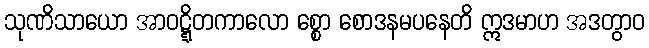
သုဏိသာယော အာဝဋ္ဋိတကာလော စ္စော စောဒနမပနေတိ ဣဒမာဟ အဒတွာဝ